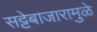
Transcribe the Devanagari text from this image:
सट्टेबाजारामुळे